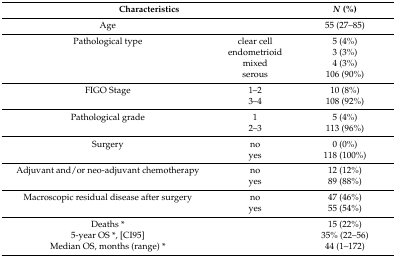
<table><thead><tr><td colspan="2"><b>Characteristics</b></td><td><b><i>N</i> (%)</b></td></tr></thead><tbody><tr><td>Age</td><td></td><td>55 (27–85)</td></tr><tr><td>Pathological type</td><td>clear cell</td><td>5 (4%)</td></tr><tr><td></td><td>endometrioid</td><td>3 (3%)</td></tr><tr><td></td><td>mixed</td><td>4 (3%)</td></tr><tr><td></td><td>serous</td><td>106 (90%)</td></tr><tr><td>FIGO Stage</td><td>1–2</td><td>10 (8%)</td></tr><tr><td></td><td>3–4</td><td>108 (92%)</td></tr><tr><td>Pathological grade</td><td>1</td><td>5 (4%)</td></tr><tr><td></td><td>2–3</td><td>113 (96%)</td></tr><tr><td>Surgery </td><td>no</td><td>0 (0%)</td></tr><tr><td></td><td>yes</td><td>118 (100%)</td></tr><tr><td>Adjuvant and/or neo-adjuvant chemotherapy</td><td>no</td><td>12 (12%)</td></tr><tr><td></td><td>yes</td><td>89 (88%)</td></tr><tr><td>Macroscopic residual disease after surgery</td><td>no</td><td>47 (46%)</td></tr><tr><td></td><td>yes</td><td>55 (54%)</td></tr><tr><td>Deaths *</td><td></td><td>15 (22%)</td></tr><tr><td>5-year OS *, [CI95]</td><td></td><td>35% (22–56)</td></tr><tr><td>Median OS, months (range) *</td><td></td><td>44 (1–172)</td></tr></tbody></table>